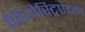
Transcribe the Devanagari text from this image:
नियोस्ट्रिएटम